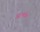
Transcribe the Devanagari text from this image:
उदभवत